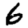
Digit: 6